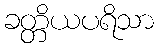
ခတ္တိယပရိသာ